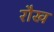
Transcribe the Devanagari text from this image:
रौख